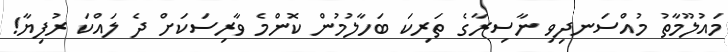
މައުލޫމާތު މުއްސަނދިވި ނާސިރާގެ ތަރިކަ ބަހާލުމުން ކޮންމެ ވާރިސަކަށް ދެ ލައްކަ ރުފިޔާ!